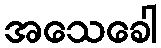
အသေခေါ